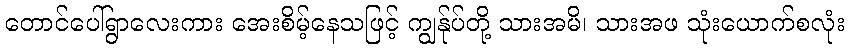
တောင်ပေါ်ရွာလေးကား အေးစိမ့်နေသဖြင့် ကျွန်ုပ်တို့ သားအမိ၊ သားအဖ သုံးယောက်စလုံး